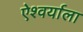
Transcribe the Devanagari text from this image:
ऐश्वर्याला